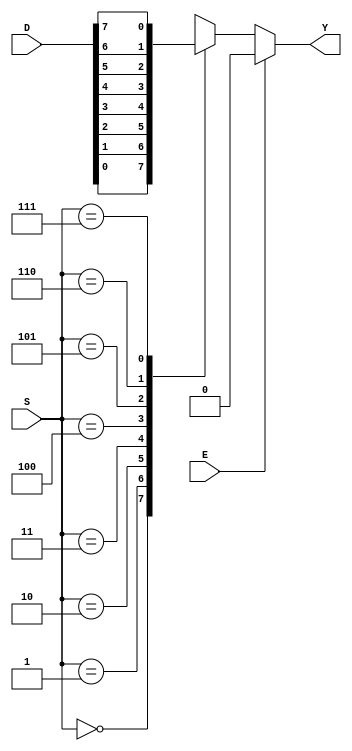
module mux8to1(
  input E,
  input [7:0] D,   
  input [2:0] S,
  output reg Y
);
  always @(*)
  begin
    if (E == 1) Y = 0;
	else
	  case(S)
	    3'd0:Y = D[0];
		3'd1:Y = D[1];
		3'd2:Y = D[2];
		3'd3:Y = D[3];
		3'd4:Y = D[4];
		3'd5:Y = D[5];
		3'd6:Y = D[6];
		3'd7:Y = D[7];  
	  endcase
  end
endmodule